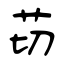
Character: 苆